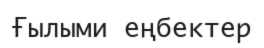
Ғылыми еңбектер